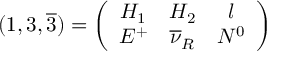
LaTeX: ( 1 , 3 , \overline { { { 3 } } } ) = \left( \begin{array} { c c c } { { H _ { 1 } } } & { { H _ { 2 } } } & { { l } } \\ { { E ^ { + } } } & { { \overline { { { \nu } } } _ { R } } } & { { N ^ { 0 } } } \end{array} \right)